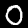
Label: 0